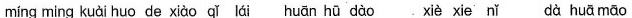
míng ming kuài huo de xiào qǐ lái huān hū dào xiè xie nǐ dà huā māo